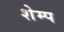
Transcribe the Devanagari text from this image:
शेम्प